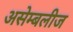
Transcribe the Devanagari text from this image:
असेम्बलीज